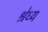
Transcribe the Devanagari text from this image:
श्रेध्य